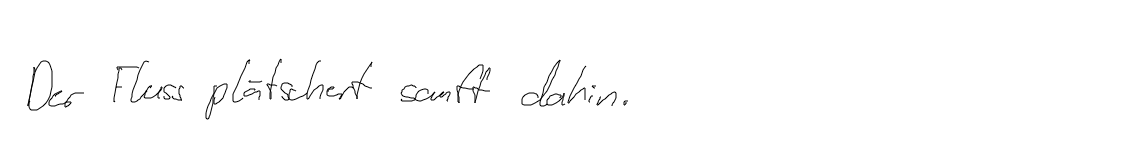
Der Fluss plätschert sanft dahin.